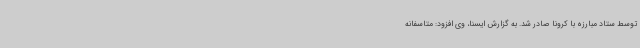
توسط ستاد مبارزه با کرونا صادر شد. به گزارش ایسنا، وی افزود: متاسفانه